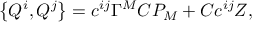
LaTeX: \left\{ Q ^ { i } , Q ^ { j } \right\} = c ^ { i j } \Gamma ^ { M } C P _ { M } + C c ^ { i j } Z ,